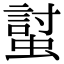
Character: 𧏛